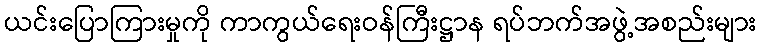
ယင်းပြောကြားမှုကို ကာကွယ်ရေးဝန်ကြီးဋ္ဌာန ရပ်ဘက်အဖွဲ့အစည်းများ